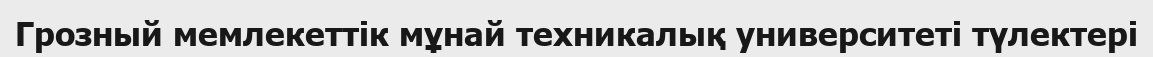
Грозный мемлекеттік мұнай техникалық университеті түлектері